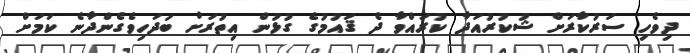
ދިވެހި ސަރުކާރަށް ޝުކުރުއަދާ ކުރައްވާ ދެ ޤައުމުގެ ގުޅުން އިތުރަށް ބަދަހިވެގެންދާނެ ކަމަށް